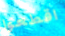
اقطعوا